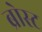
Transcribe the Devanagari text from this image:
ब्रोस्ट